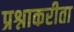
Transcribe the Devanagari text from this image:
प्रश्नाकरीता